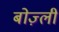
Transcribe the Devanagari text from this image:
बोज़्ली